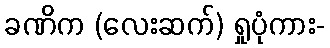
ခဏိက (လေးဆက်) ရှုပုံကား-